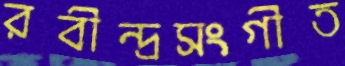
রবীন্দ্রসংগীত